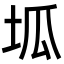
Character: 坬